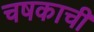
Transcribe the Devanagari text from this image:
चषकाची